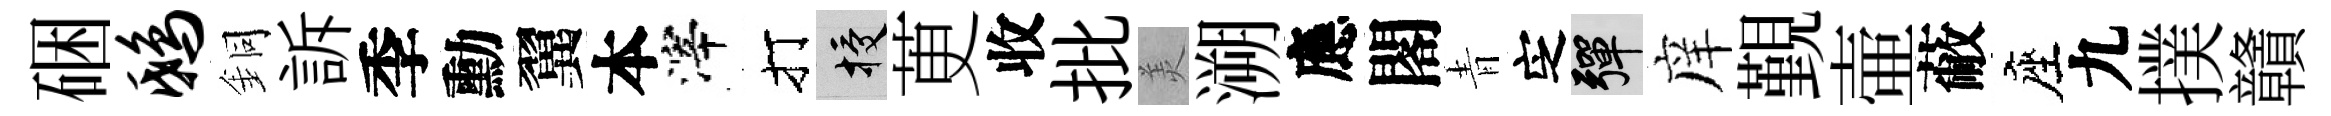
硱鸱銅訴季勳翼本滓打授茰收批羙溯應閣青㝎彈庠覲壷蔽座九撲贛